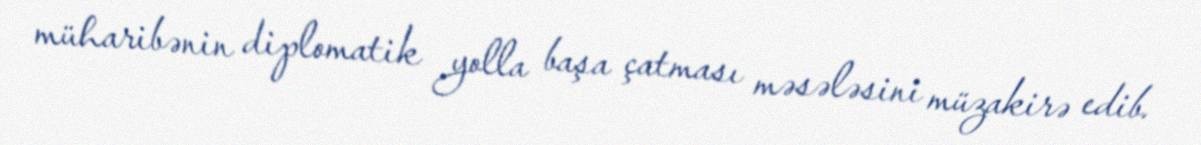
müharibənin diplomatik yolla başa çatması məsələsini müzakirə edib.